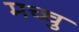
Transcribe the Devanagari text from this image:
मच्चु